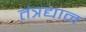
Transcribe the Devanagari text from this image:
तंत्रद्यान